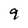
Character: 9